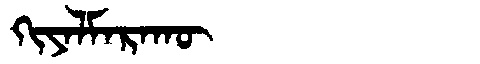
Manchu: ᡴᡳᠶᠠᠯᠮᠠᡵᠠᡴᡡ
Romanization: KIYALMARAKŪ